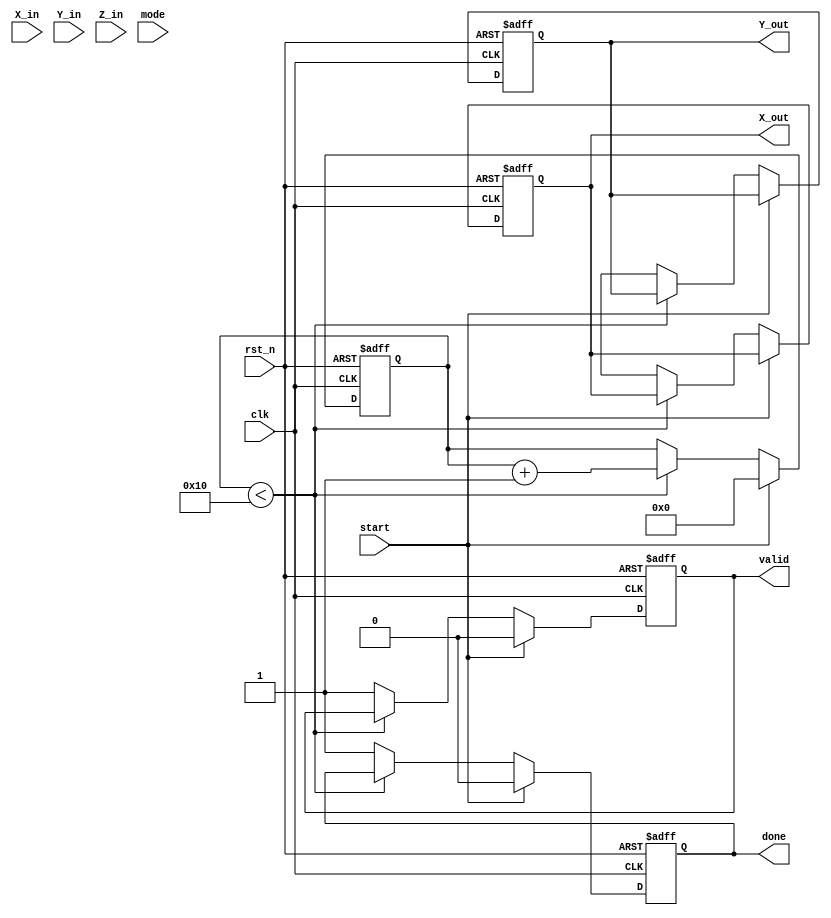
module cordic_fp (
    input wire clk,
    input wire rst_n,
    input wire start,
    input wire [31:0] X_in, // Input X in IEEE 754 single precision
    input wire [31:0] Y_in, // Input Y in IEEE 754 single precision
    input wire [31:0] Z_in, // Input Z in IEEE 754 single precision for vectoring
    input wire mode,        // 0 for rotation, 1 for vectoring
    output reg [31:0] X_out, // Output X in IEEE 754 single precision
    output reg [31:0] Y_out, // Output Y in IEEE 754 single precision
    output reg valid,       // Output valid signal
    output reg done         // Process done signal
);

    // CORDIC parameters
    parameter N_ITER = 16; // Number of iterations
    reg [31:0] angle_lookup [0:N_ITER-1]; // Angle lookup table
    reg signed [31:0] x [0:N_ITER-1];      // X values for iterations
    reg signed [31:0] y [0:N_ITER-1];      // Y values for iterations
    reg signed [31:0] z [0:N_ITER-1];      // Z values for iterations
    reg [4:0] i;                           // Iteration counter
    reg [31:0] scaling_factor;             // Scaling factor for normalization

    // Initialize angle lookup table and scaling factor
    initial begin
        angle_lookup[0] = 32'h00000000; // atan(2^0)
        angle_lookup[1] = 32'h3F490FDB; // atan(2^-1)
        angle_lookup[2] = 32'h3F22F983; // atan(2^-2)
        angle_lookup[3] = 32'h3F0C9F3C; // atan(2^-3)
        // Continue initializing for all N_ITER
        // ...
        scaling_factor = 32'h3F1A36B8; // Approximation of scaling factor K
    end

    // Control logic for CORDIC operation
    always @(posedge clk or negedge rst_n) begin
        if (!rst_n) begin
            X_out <= 0;
            Y_out <= 0;
            valid <= 0;
            done <= 0;
            i <= 0;
        end else if (start) begin
            // Initialize values
            x[0] <= X_in;
            y[0] <= Y_in;
            z[0] <= Z_in;
            i <= 0;
            valid <= 0;
            done <= 0;
        end else if (i < N_ITER) begin
            // CORDIC iteration
            if (mode == 0) begin // Rotation mode
                if (z[i] < 0) begin
                    x[i+1] <= x[i] + (y[i] >>> i);
                    y[i+1] <= y[i] - (x[i] >>> i);
                    z[i+1] <= z[i] + angle_lookup[i];
                end else begin
                    x[i+1] <= x[i] - (y[i] >>> i);
                    y[i+1] <= y[i] + (x[i] >>> i);
                    z[i+1] <= z[i] - angle_lookup[i];
                end
            end else begin // Vectoring mode
                if (y[i] < 0) begin
                    x[i+1] <= x[i] + (y[i] >>> i);
                    y[i+1] <= y[i] - (x[i] >>> i);
                    z[i+1] <= z[i] + angle_lookup[i];
                end else begin
                    x[i+1] <= x[i] - (y[i] >>> i);
                    y[i+1] <= y[i] + (x[i] >>> i);
                    z[i+1] <= z[i] - angle_lookup[i];
                end
            end
            i <= i + 1;
        end else begin
            // Final output after N_ITER
            X_out <= x[N_ITER] * scaling_factor; // Normalize
            Y_out <= y[N_ITER] * scaling_factor; // Normalize
            valid <= 1;
            done <= 1;
        end
    end

endmodule